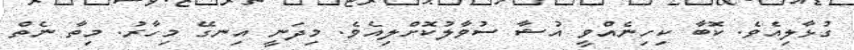
ގުޅާލިއެވެ. ކޮބާ ކިހިނެއްވީ އުޝާ ސުވާލުކޮށްލިއެވެ. މިދަނީ އިނގޭ މިހާރު. މިތާ ނެތް